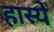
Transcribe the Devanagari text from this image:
हास्ये